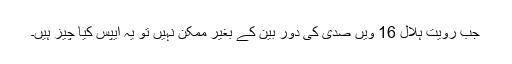
جب رویت ہلال 16 ویں صدی کی دور بین کے بغیر ممکن نہیں تو یہ ایپس کیا چیز ہیں۔